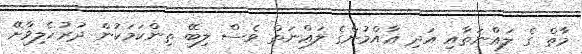
މާތް ގެ ލަޢްނަތާއި އަދި ޢާއްމުންގެ ލަޢްނަތް ވެސް ލިބޭ ތިންކަމަކުން ދުރުހެލިވާށޭ